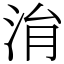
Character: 㳙